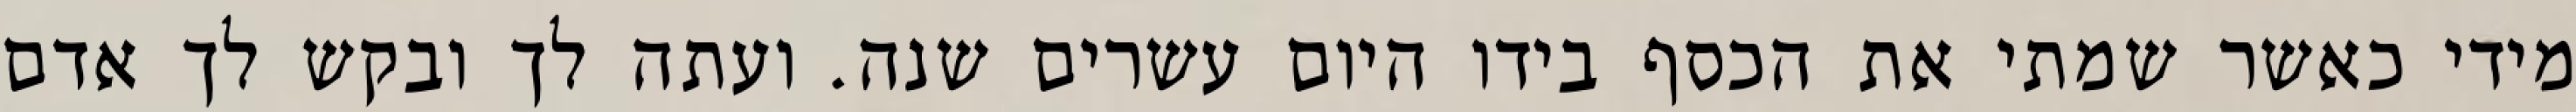
מידי כאשר שמתי את הכסף בידו היום עשרים שנה. ועתה לך ובקש לך אדם